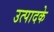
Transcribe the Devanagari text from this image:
उत्पादके